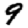
Digit: 9